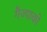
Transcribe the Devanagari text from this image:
गैज्पाको